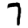
Digit: 7